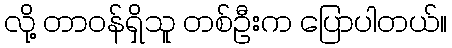
လို့ တာဝန်ရှိသူ တစ်ဦးက ပြောပါတယ်။